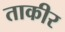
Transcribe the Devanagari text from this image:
ताकीर